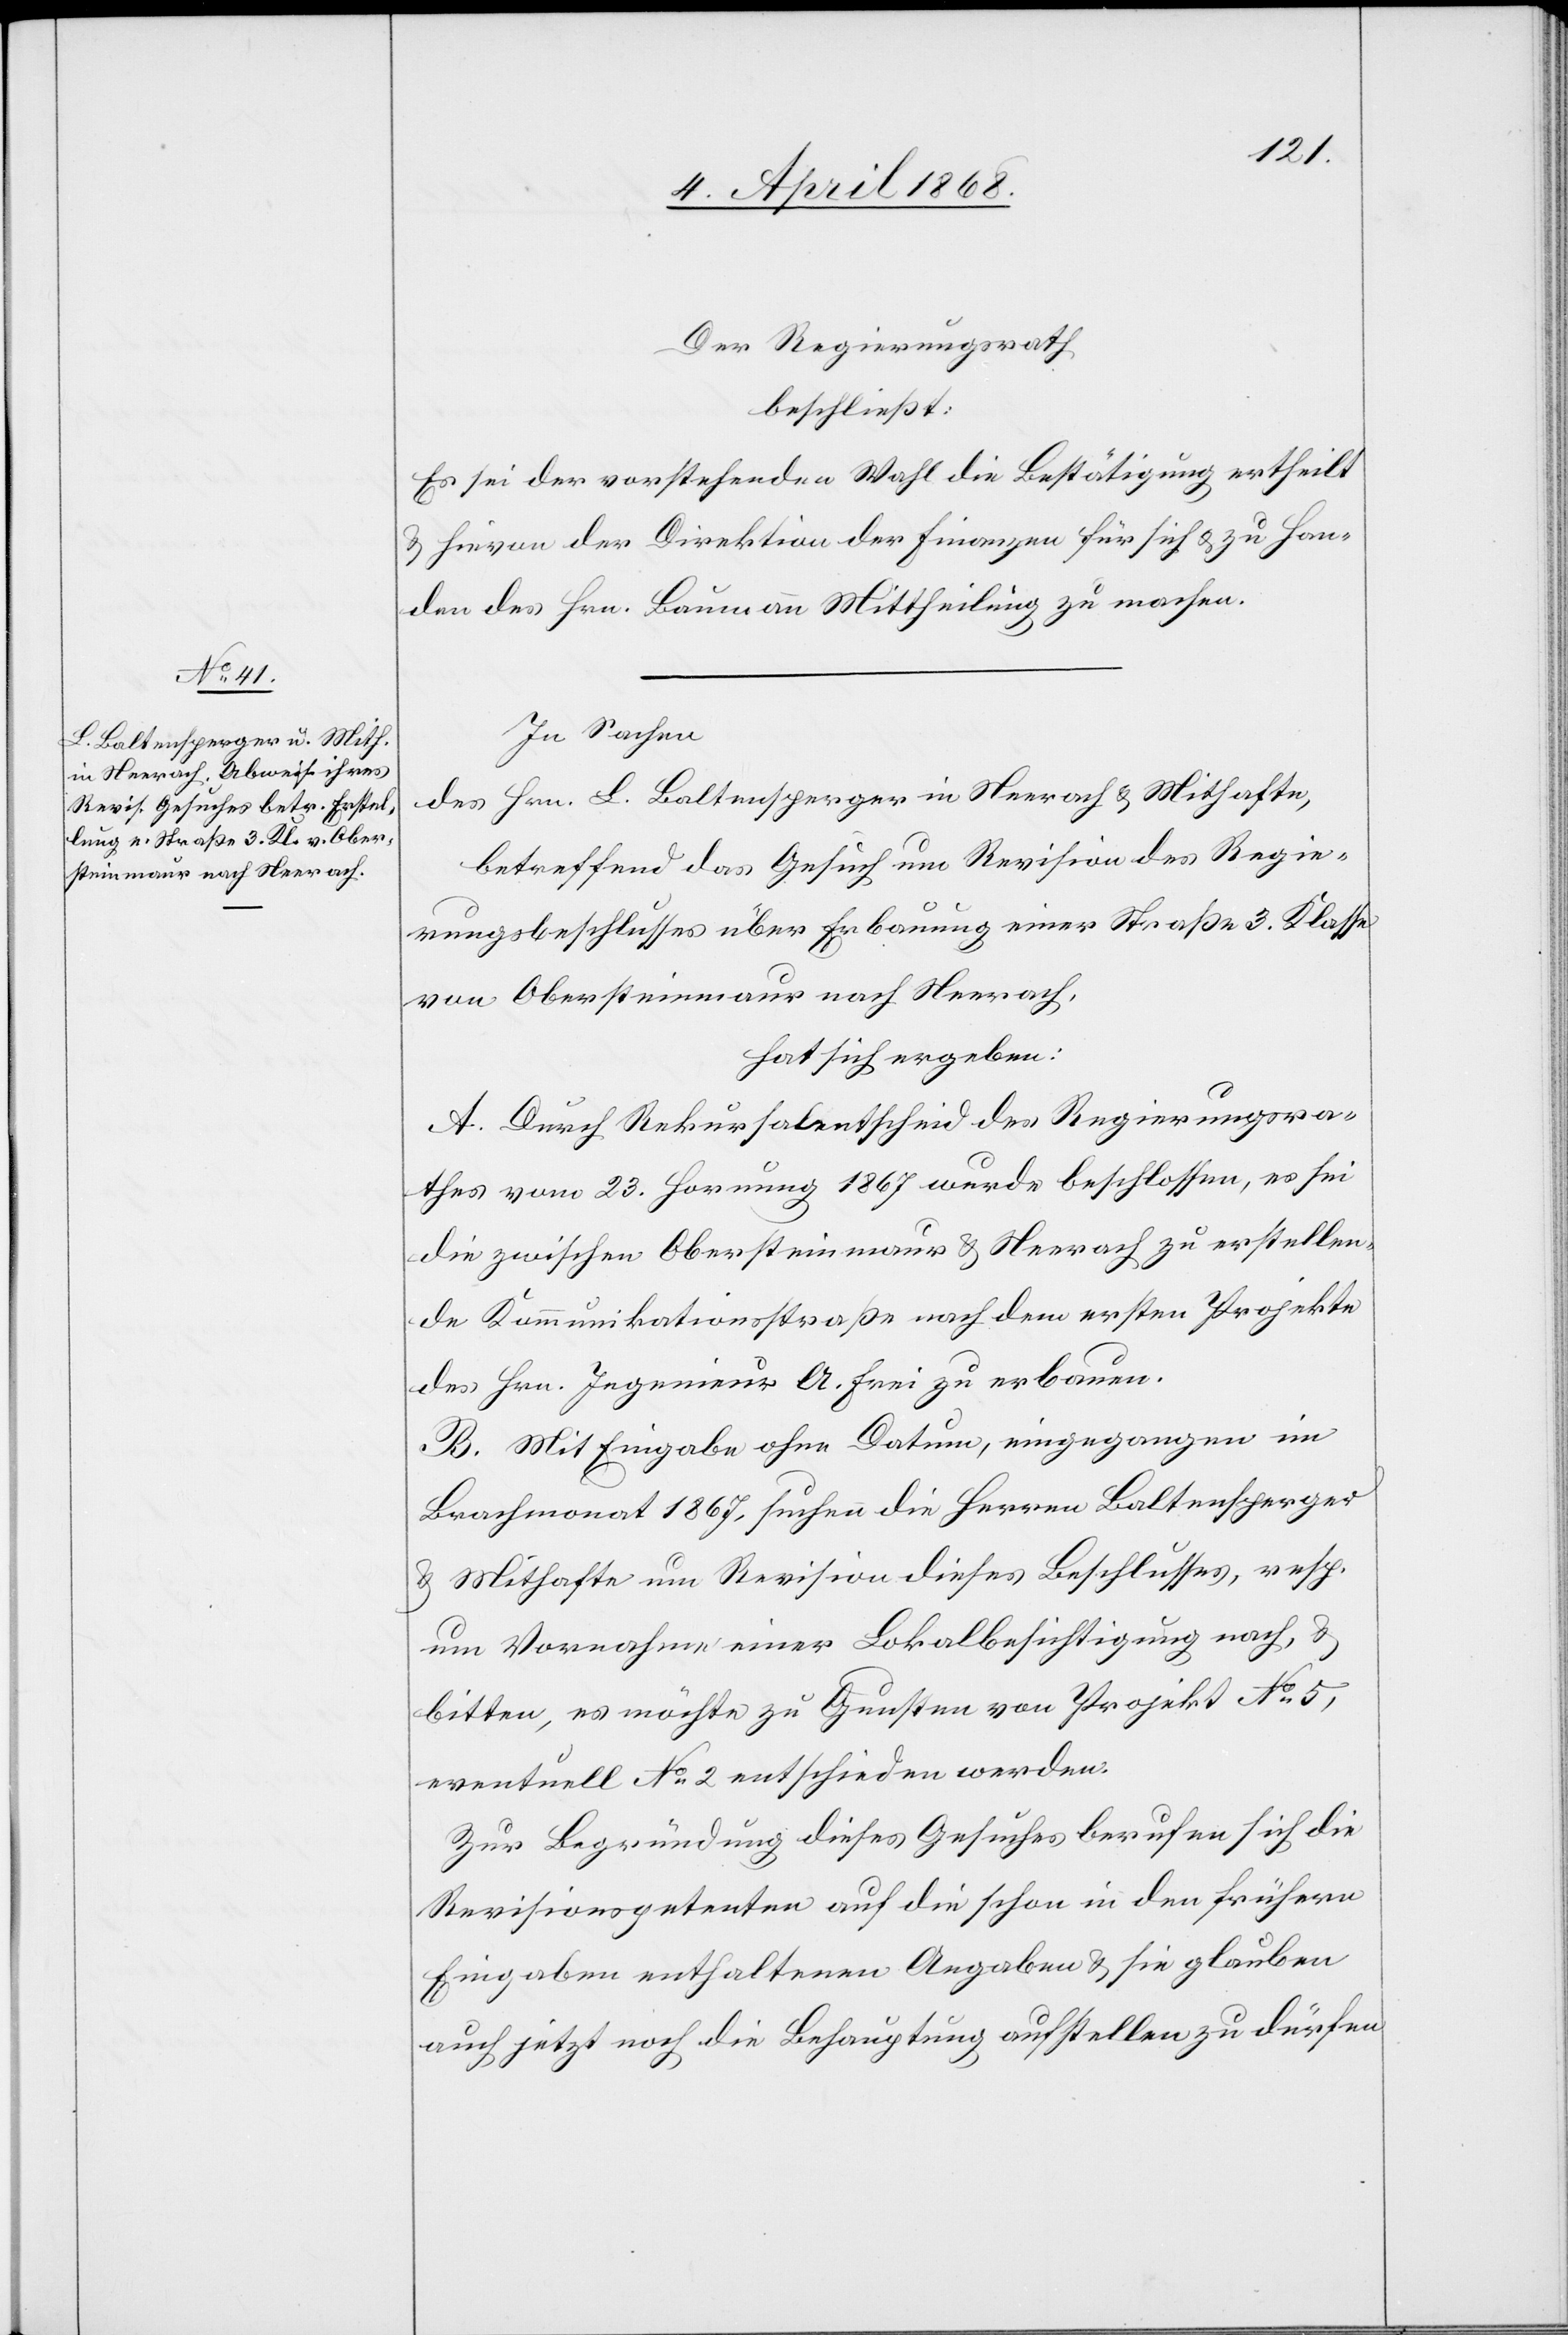
Der Regierungsrath
beschließt:
Es sei der vorstehenden Wahl die Bestätigung ertheilt
& hievon der Direktion der Finanzen für sich & zu Han¬
den des Hrn. Baumann Mittheilung zu machen.
In Sachen
des Hrn. L. Baltensperger in Neerach & Mithafte,
betreffend das Gesuch um Revision des Regie¬
rungsbeschlusses über Erbauung einer Straße 3. Klasse
von Obersteinmaur nach Neerach,
hat sich ergeben:
A. Durch Rekursalentscheid des Regierungsra¬
thes vom 23. Hornung 1867 wurde beschlossen, es sei
die zwischen Obersteinmaur & Neerach zu erstellen¬
de Kommunikationsstraße nach dem ersten Projekte
des Hrn. Ingenieur A. Frei zu erbauen.
B. Mit Eingabe ohne Datum, eingegangen im
Brachmonat 1867, suchen die Herren Baltensperger
& Mithafte um Revision dieses Beschlusses, resp.
um Vornahme einer Lokalbesichtigung nach, &
bitten, es möchte zu Gunsten von Projekt No. 5,
eventuell No. 2 entschieden werden.
Zur Begründung dieses Gesuches berufen sich die
Revisionspetenten auf die schon in den frühern
Eingaben enthaltenen Angaben & sie glauben
auch jetzt noch die Behauptung aufstellen zu dürfen